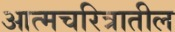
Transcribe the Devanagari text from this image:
आत्मचरित्रातील